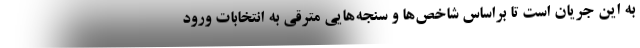
به این جریان است تا براساس شاخص‌ها و سنجه‌هایی مترقی به انتخابات ورود